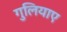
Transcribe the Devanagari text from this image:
गुलियाए